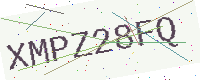
Text: XMPZ28FQ